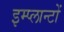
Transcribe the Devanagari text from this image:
इम्प्लान्टों